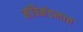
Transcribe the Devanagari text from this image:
मंत्रिमंडलात